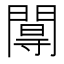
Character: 𨵏